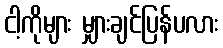
ငါ့ကိုများ မျှားချင်ပြန်ပလား